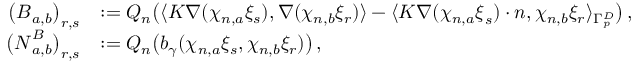
\begin{array} { r l } { \big ( \boldsymbol B _ { { a } , { b } } \big ) _ { r , s } } & { : = Q _ { n } \big ( \langle \boldsymbol K \nabla ( \chi _ { n , a } \xi _ { s } ) , \nabla ( \chi _ { n , b } \xi _ { r } ) \rangle - \langle \boldsymbol K \nabla ( \chi _ { n , a } \boldsymbol \xi _ { s } ) \cdot \boldsymbol n , \chi _ { n , b } \xi _ { r } \rangle _ { \Gamma _ { p } ^ { D } } \big ) \, , } \\ { \big ( \boldsymbol N _ { { a } , { b } } ^ { B } \big ) _ { r , s } } & { : = Q _ { n } \big ( b _ { \gamma } ( \chi _ { n , a } \xi _ { s } , \chi _ { n , b } \xi _ { r } ) \big ) \, , } \end{array}